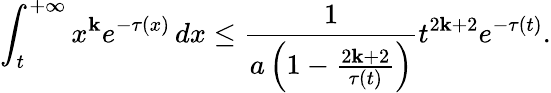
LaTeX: \int_{t}^{+\infty}x^{\mathbf{k}}e^{-\tau(x)}\, dx\leq\frac{{1}}{{a\left(1-\frac{{2\mathbf{k}+2}}{{\tau(t)}}\right)}}t^{2\mathbf{k}+2}e^{-\tau(t)}.